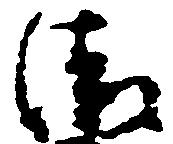
清